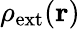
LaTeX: \rho_{\mathrm{ext}}(\mathbf{r})